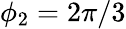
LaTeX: \phi_{2}=2\pi/3